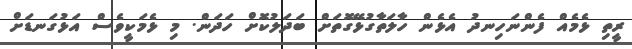
ރީތި ޅެމެއް ފެންނަހިނދު އެޅެން ހާލަތާގުޅޭގޮތަށް ބަދަލުކޮށް ހަދަން. މި ޅެމަކީވެސް އަޅުގަނޑަށް